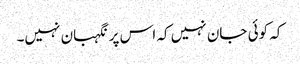
کہ کوئی جان نہیں کہ اس پر نگہبان نہیں۔